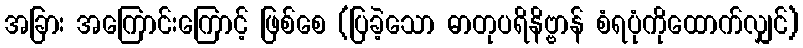
အခြား အကြောင်းကြောင့် ဖြစ်စေ (ပြခဲ့သော ဓာတုပရိနိဗ္ဗာန် စံရပုံကိုထောက်လျှင်)